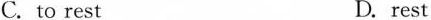
C. to rest D. rest